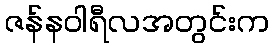
ဇန်နဝါရီလအတွင်းက